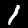
Digit: 1